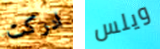
ادركت ويلس